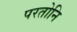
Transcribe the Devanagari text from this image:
परतोनि